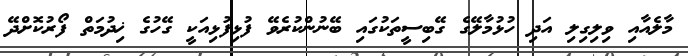
މާލެއާއި ވިލިގިލި އަދި ހުޅުމާލޭގެ ގޭބިސީތަކުގައި ބޭނުންކުރެވޭ ފުޅިފުޅިއަކީ ގޭހުގެ ޚިދުމަތް ފޯރުކޮށްދޭ